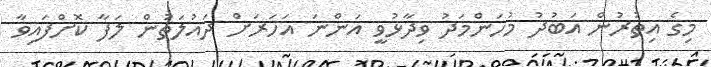
މިގެ އިތުރުން އަބުދު މުހަންމަދު ވިދާޅުވީ އަންނަ އަހަރަށް ދައުލަތުން ލަފާ ކޮށްފައިވާ